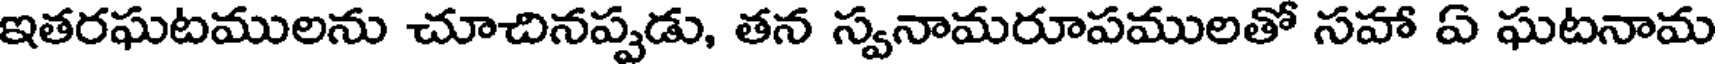
ఇతరఘటములను చూచినప్పడు, తన స్వనామరూపములతో సహా ఏ ఘటనామ